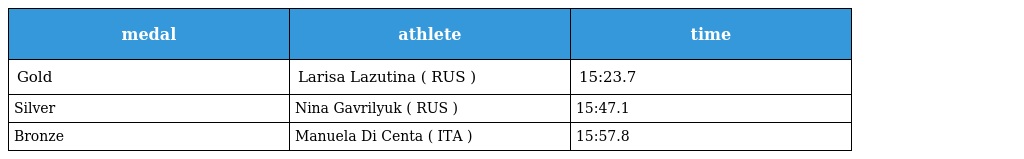
| medal | athlete | time |
 | --- | --- | --- |
 | Gold | Larisa Lazutina ( RUS ) | 15:23.7 |
 | Silver | Nina Gavrilyuk ( RUS ) | 15:47.1 |
 | Bronze | Manuela Di Centa ( ITA ) | 15:57.8 |